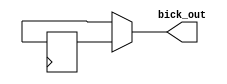
module delay_clk(
       output bick_out
        );
reg clk_1,clk_2,clk_3,clk_4,clk_5,clk_6,clk_7;
reg clkr;
always @(posedge clk_300m) begin
    clk_1 <= bick_in;
    clk_2 <= clk_1;
    clk_3 <= clk_2;
    clk_4 <= clk_3;
    clk_5 <= clk_4;
    clk_6 <= clk_5;
    clk_7 <= clk_6;
  
    clkr <=  (delay_setting == 1) ? bick_in :
             (delay_setting == 2) ? clk_1 : 
             (delay_setting == 3) ? clk_2 :
             (delay_setting == 4) ? clk_3 :
             (delay_setting == 5) ? clk_4 :  
             (delay_setting == 6) ? clk_5 :  
             (delay_setting == 7) ? clk_6 : bick_in; 
                         
    end        

assign bick_out =  (delay_setting == 0) ? bick_in : clkr;

/*    
assign bick_out =  (delay_setting == 0) ? bick_in :
                   (delay_setting == 1) ? clk_1 : 
                   (delay_setting == 2) ? clk_2 :
                   (delay_setting == 3) ? clk_3 :
                   (delay_setting == 4) ? clk_4 :  
                   (delay_setting == 5) ? clk_5 :  
                   (delay_setting == 6) ? clk_6 :  
                   (delay_setting == 7) ? clk_7 : bick_in;          
*/    
    
        
        
endmodule